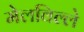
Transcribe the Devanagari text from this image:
मेलविल्ले